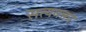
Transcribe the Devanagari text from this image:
सत्यवक्ता